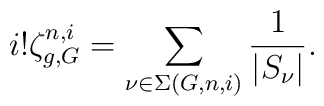
i! \zeta_{g,G}^{n,i} = \sum_{\nu \in \Sigma(G,n,i)}\frac{1}{| S_{\nu}|} .